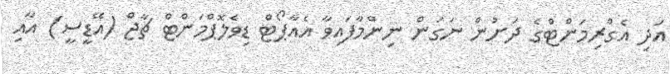
އަދި އެގްރިމަންޓްގެ ދަށުން ނަގަން ނިންމާފައިވާ އެއާޕޯޓް ޑިވެލޮޕްމަންޓް ޗާޖް (އޭޑީސީ) އާއި